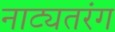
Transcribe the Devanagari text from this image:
नाट्यतरंग